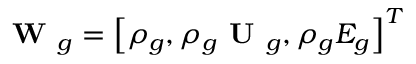
\textbf { W } _ { g } = \left[ \rho _ { g } , \rho _ { g } \textbf { U } _ { g } , \rho _ { g } E _ { g } \right] ^ { T }